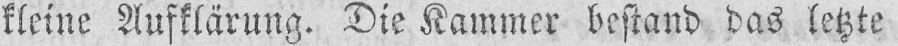
kleine Aufklärung. Die Kammer bestand das letzte